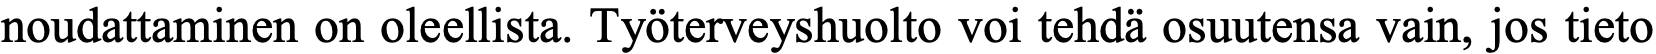
noudattaminen on oleellista. Työterveyshuolto voi tehdä osuutensa vain, jos tieto